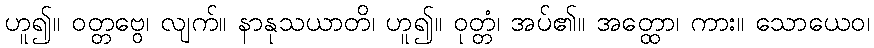
ဟူ၍။ ဝတ္တဗွေ၊ လျက်။ နာနုသယာတိ၊ ဟူ၍။ ဝုတ္တံ၊ အပ်၏။ အတ္ထော၊ ကား။ သောယေဝ၊